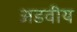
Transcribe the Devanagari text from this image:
अडवीय